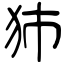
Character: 犻